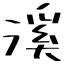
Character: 溪